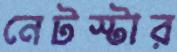
নেটস্টার